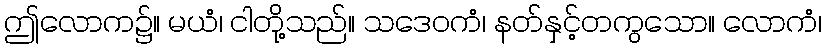
ဤလောက၌။ မယံ၊ ငါတို့သည်။ သဒေဝကံ၊ နတ်နှင့်တကွသော။ လောကံ၊